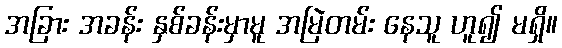
အခြား အခန်း နှစ်ခန်းမှာမူ အမြဲတမ်း နေသူ ဟူ၍ မရှိ။